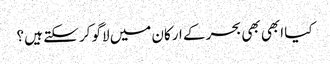
کیا ابھی بھی بحر کے ارکان میں لاگو کر سکتے ہیں ؟